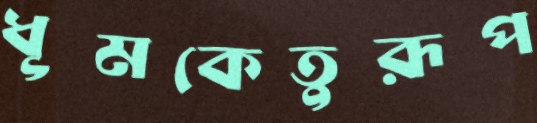
ধূমকেতুরূপ